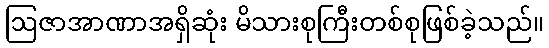
ဩဇာအာဏာအရှိဆုံး မိသားစုကြီးတစ်စုဖြစ်ခဲ့သည်။